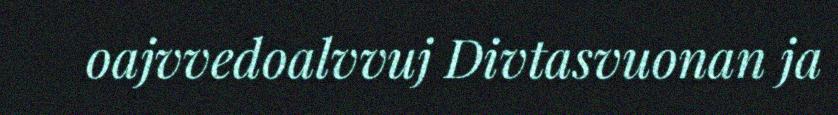
oajvvedoalvvuj Divtasvuonan ja